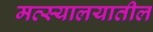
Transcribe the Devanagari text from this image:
मत्स्यालयातील